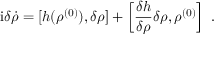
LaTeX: \mathrm { i } \delta \dot { \rho } = [ h ( \rho ^ { ( 0 ) } ) , \delta \rho ] + \left[ \frac { \delta h } { \delta \rho } \delta \rho , \rho ^ { ( 0 ) } \right] \ .